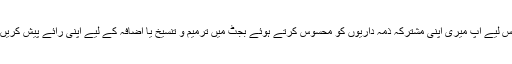
اس لیے آپ میری اپنی مشترکہ ذمہ داریوں کو محسوس کرتے ہوئے بجٹ میں ترمیم و تنسیخ یا اضافہ کے لیے اپنی رائے پیش کریں۔